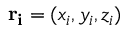
\mathbf { r _ { i } } = ( x _ { i } , y _ { i } , z _ { i } )